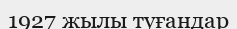
1927 жылы туғандар